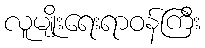
လူမျိုးရေးရာဝန်ကြီး